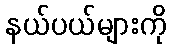
နယ်ပယ်များကို